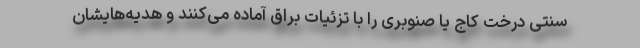
سنتی درخت کاج یا صنوبری را با تزئیات براق آماده می‌کنند و هدیه‌هایشان